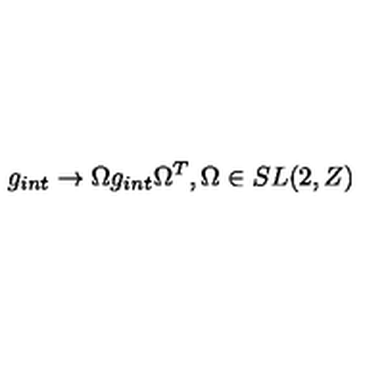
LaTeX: g _ { i n t } \rightarrow \Omega g _ { i n t } \Omega ^ { T } , \Omega \in S L ( 2 , Z )